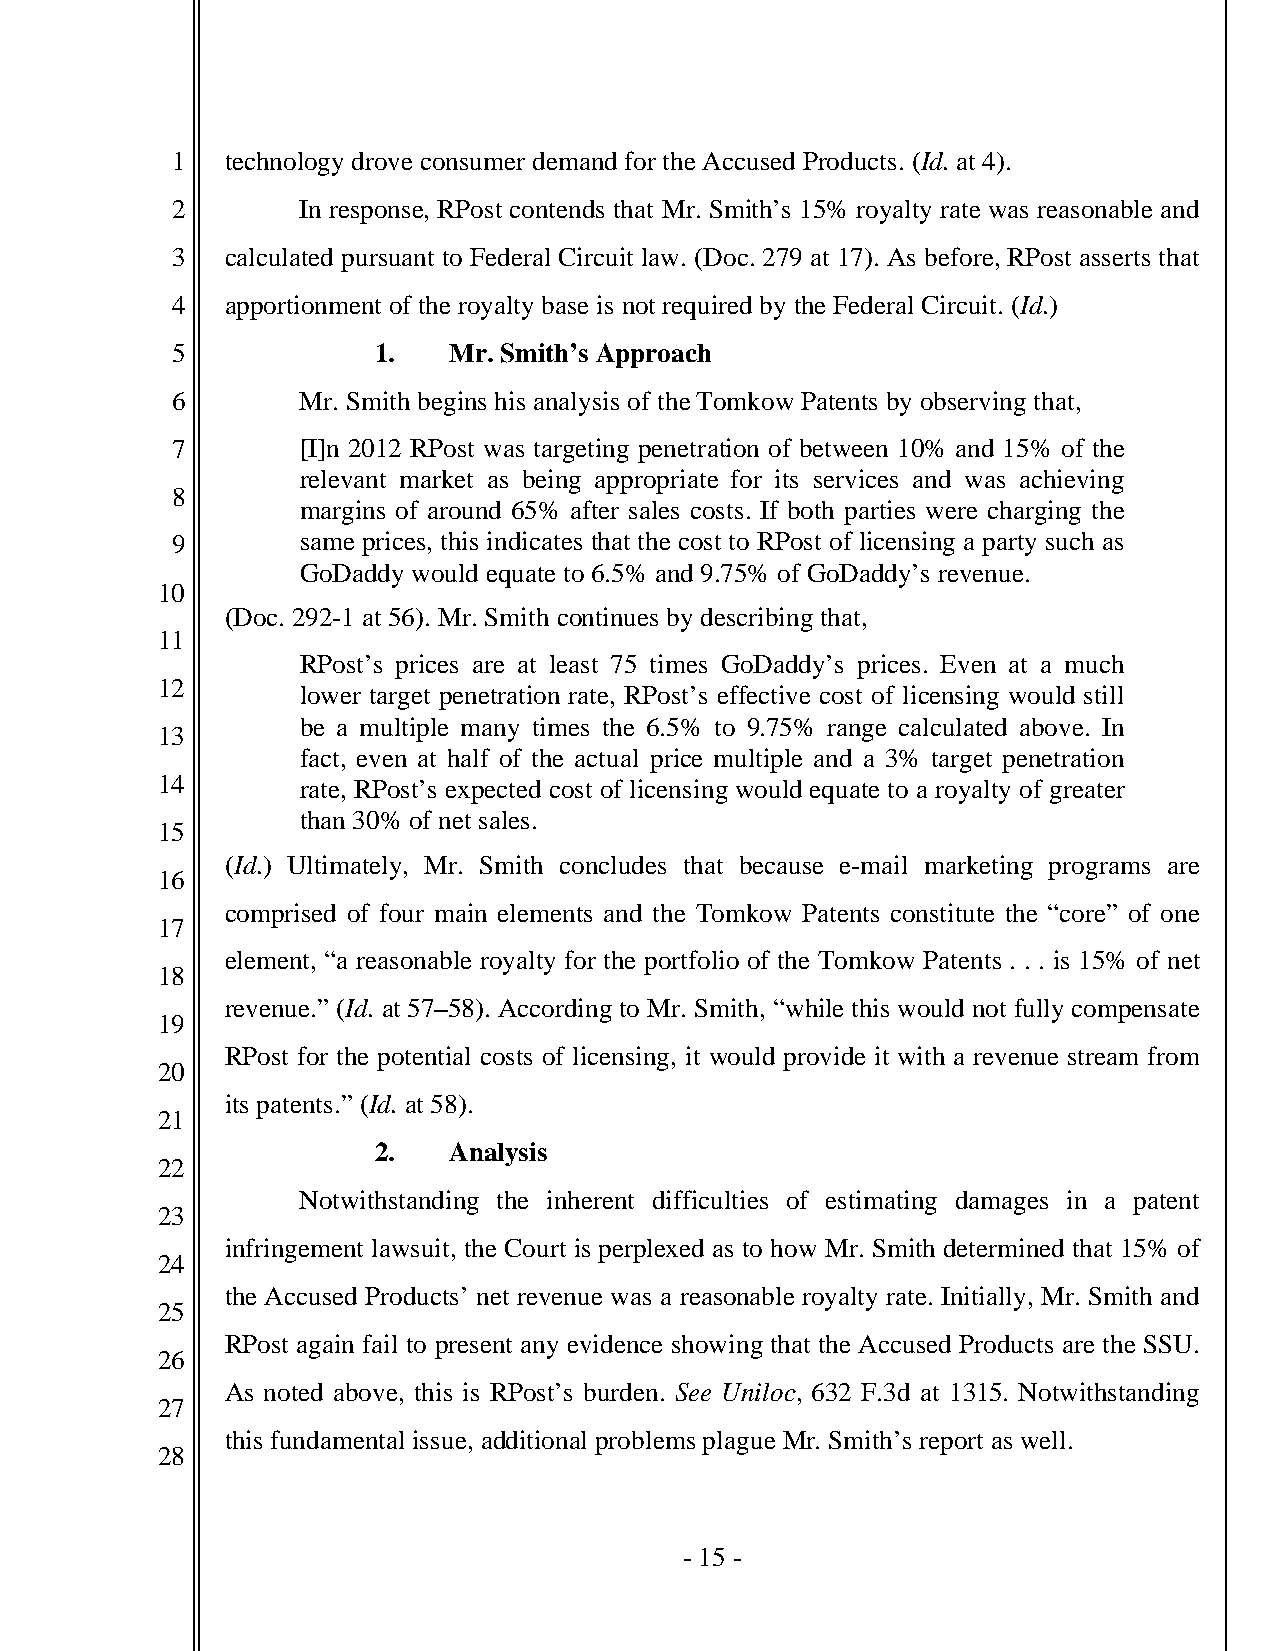
1   technology drove consumer demand for the Accused Products. (Id. at 4).
 2        In response, RPost contends that Mr. Smith’s 15% royalty rate was reasonable and
 3   calculated pursuant to Federal Circuit law. (Doc. 279 at 17). As before, RPost asserts that
 4   apportionment of the royalty base is not required by the Federal Circuit. (Id.)
 5        1.   Mr. Smith’s Approach
 6        Mr. Smith begins his analysis of the Tomkow Patents by observing that,
 7        [I]n 2012 RPost was targeting penetration of between 10% and 15% of the
 relevant market as being appropriate for its services and was achieving
 8
 margins of around 65% after sales costs. If both parties were charging the
 9        same prices, this indicates that the cost to RPost of licensing a party such as
 GoDaddy would equate to 6.5% and 9.75% of GoDaddy’s revenue.
 10
 (Doc. 292-1 at 56). Mr. Smith continues by describing that,
 11
 RPost’s prices are at least 75 times GoDaddy’s prices. Even at a much
 12
 lower target penetration rate, RPost’s effective cost of licensing would still
 be a multiple many times the 6.5% to 9.75% range calculated above. In
 13
 fact, even at half of the actual price multiple and a 3% target penetration
 14        rate, RPost’s expected cost of licensing would equate to a royalty of greater
 than 30% of net sales.
 15
 (Id.) Ultimately, Mr. Smith concludes that because e-mail marketing programs are
 16
 comprised of four main elements and the Tomkow Patents constitute the “core” of one
 17
 element, “a reasonable royalty for the portfolio of the Tomkow Patents . . . is 15% of net
 18
 revenue.” (Id. at 57–58). According to Mr. Smith, “while this would not fully compensate
 19
 RPost for the potential costs of licensing, it would provide it with a revenue stream from
 20
 its patents.” (Id. at 58).
 21
 2.   Analysis
 22
 Notwithstanding the inherent difficulties of estimating damages in a patent
 23
 infringement lawsuit, the Court is perplexed as to how Mr. Smith determined that 15% of
 24
 the Accused Products’ net revenue was a reasonable royalty rate. Initially, Mr. Smith and
 25
 RPost again fail to present any evidence showing that the Accused Products are the SSU.
 26
 As noted above, this is RPost’s burden. See Uniloc, 632 F.3d at 1315. Notwithstanding
 27
 this fundamental issue, additional problems plague Mr. Smith’s report as well.
 28
 - 15 -